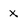
Character: x